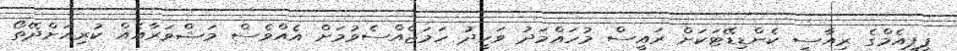
ޕީޕީއެމްގެ ރިއާސީ ކެންޑިޑޭޓަކަށް ރައީސް މުހައްމަދު ވަހީދު ހަމަޖެއްސެވުމަށް އެއްވެސް މަޝްވަރާއެއް ކުރިއަށްދޭތޯ